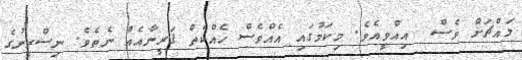
މައްޗަށް ވެސް  އިއްވީއެވެ. މިކަމުގައި އެއްވެސް ހެއްކެތް ޤަރީނާއެއް ނެތެވެ. ނިސްރީނުގެ